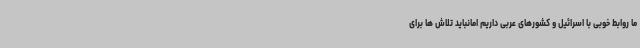
ما روابط خوبی با اسرائیل و کشورهای عربی داریم امانباید تلاش ها برای